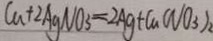
C u + 2 A g N O _ { 3 } = 2 A g + C a ( N O _ { 3 } ) _ { 2 }